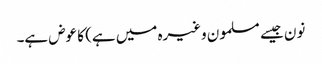
نون جیسے مسلمون وغیرہ میں ہے) کا عوض ہے۔